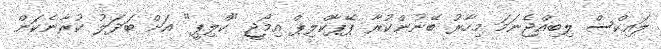
ލައިކްސް ލިބިއްޖެނަމަ މިހާރު ބޭނުންކުރާ ޕޭޕާކްލިޕް އިމޯޖީ "ކްލިޕީ" އަށް ބަދަލު ކުރާނެކަން